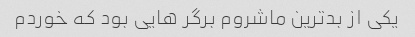
یکی از بدترین ماشروم برگر هایی بود که خوردم